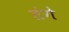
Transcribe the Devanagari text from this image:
तंगे